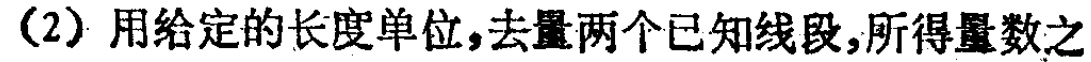
（2）用给定的长度单位，去量两个已知线段，所得量数之